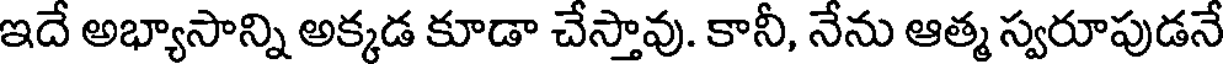
ఇదే అభ్యాసాన్ని అక్కడ కూడా చేస్తావు. కానీ, నేను ఆత్మ స్వరూపుడనే